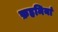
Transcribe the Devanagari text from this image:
फ़हमियां